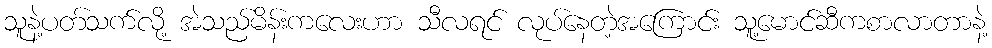
သူနဲ့ပတ်သက်လို့ အဲသည်မိန်းကလေးဟာ သီလရင် လုပ်နေတဲ့အကြောင်း သူ့မောင်ဆီကစာလာတာနဲ့